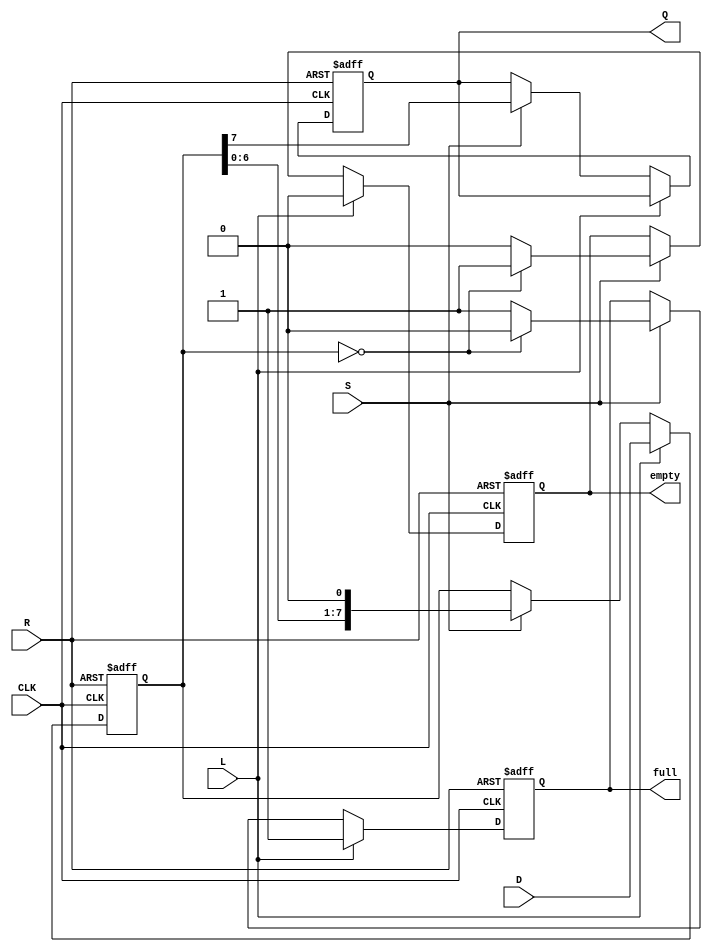
module PISO_Register #(
    parameter n = 8  // Parameter for the width of the parallel data input
)(
    input wire [n-1:0] D,   // Parallel data input
    input wire L,           // Load signal
    input wire CLK,         // Clock signal
    input wire S,           // Shift signal
    input wire R,           // Reset signal
    output reg Q,           // Serial output
    output reg full,        // Status flag: indicates if the register is full
    output reg empty        // Status flag: indicates if the register is empty
);

    reg [n-1:0] shift_reg;  // Shift register to hold the data

    // Asynchronous reset
    always @(posedge CLK or posedge R) begin
        if (R) begin
            shift_reg <= {n{1'b0}}; // Clear the shift register
            Q <= 1'b0;              // Clear the serial output
            full <= 1'b0;           // Clear full flag
            empty <= 1'b1;          // Set empty flag
        end else begin
            if (L) begin
                shift_reg <= D;      // Load parallel data into the shift register
                full <= 1'b1;        // Set full flag
                empty <= 1'b0;       // Clear empty flag
            end else if (S) begin
                Q <= shift_reg[n-1]; // Output the MSB (or LSB depending on design)
                shift_reg <= {shift_reg[n-2:0], 1'b0}; // Shift right and fill with 0
                // Update status flags
                if (shift_reg == {n{1'b0}}) begin
                    full <= 1'b0;     // Clear full flag if empty
                    empty <= 1'b1;    // Set empty flag
                end else begin
                    full <= 1'b1;      // Set full flag if not empty
                    empty <= 1'b0;     // Clear empty flag
                end
            end
        end
    end

endmodule